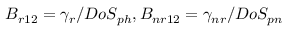
B _ { r 1 2 } = \gamma _ { r } / D o S _ { p h } , B _ { n r 1 2 } = \gamma _ { n r } / D o S _ { p n }